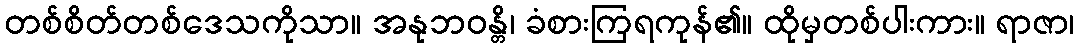
တစ်စိတ်တစ်ဒေသကိုသာ။ အနုဘဝန္တိ၊ ခံစားကြရကုန်၏။ ထိုမှတစ်ပါးကား။ ရာဇာ၊